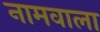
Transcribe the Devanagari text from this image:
नामवाला